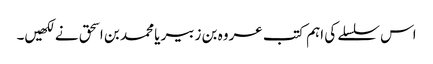
اس سلسلے کی اہم کتب عروہ بن زبیر یا محمد بن اسحق نے لکھیں۔